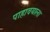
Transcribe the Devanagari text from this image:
पाहावयाला